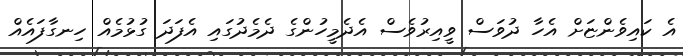
އެ ކައިވެންޏަށް އެހާ ދުވަސް ވީއިރުވެސް އެދެމީހުންގެ ދެމެދުގައި އެފަދަ ގުޅުމެއް ހިނގާފައެއް